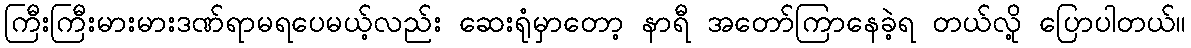
ကြီးကြီးမားမားဒဏ်ရာမရပေမယ့်လည်း ဆေးရုံမှာတော့ နာရီ အတော်ကြာနေခဲ့ရ တယ်လို့ ပြောပါတယ်။